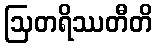
ဩတရိဿတီတိ